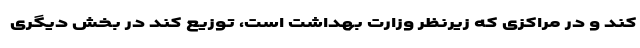
کند و در مراکزی که زیرنظر وزارت بهداشت است، توزیع کند در بخش دیگری